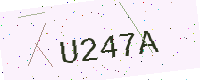
Text: U247A